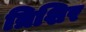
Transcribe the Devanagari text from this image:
त्रिशिर